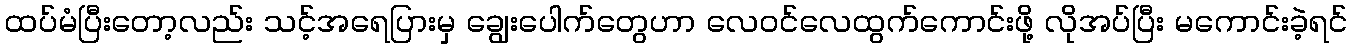
ထပ်မံပြီးတော့လည်း သင့်အရေပြားမှ ချွေးပေါက်တွေဟာ လေဝင်လေထွက်ကောင်းဖို့ လိုအပ်ပြီး မကောင်းခဲ့ရင်